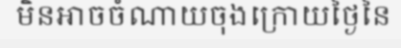
មិនអាចចំណាយចុងក្រោយថ្ងៃនៃ